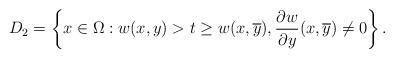
LaTeX: \begin{align*}D_{2}=\left\{x\in\Omega:w(x,y)>t\geq w(x,\overline{y}),\frac{\partial w}{\partial y}(x,\overline{y})\neq0\right\}.\end{align*}